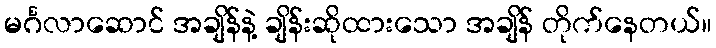
မင်္ဂလာဆောင် အချိန်နဲ့ ချိန်းဆိုထားသော အချိန် တိုက်နေတယ်။